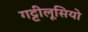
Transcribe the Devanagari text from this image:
गट्टीलूसियो